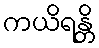
ကယိရန္တိ